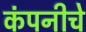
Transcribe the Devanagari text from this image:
कंपनीचेे